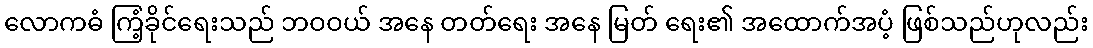
လောကဓံ ကြံ့ခိုင်ရေးသည် ဘဝဝယ် အနေ တတ်ရေး အနေ မြတ် ရေး၏ အထောက်အပံ့ ဖြစ်သည်ဟုလည်း